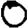
Digit: 0